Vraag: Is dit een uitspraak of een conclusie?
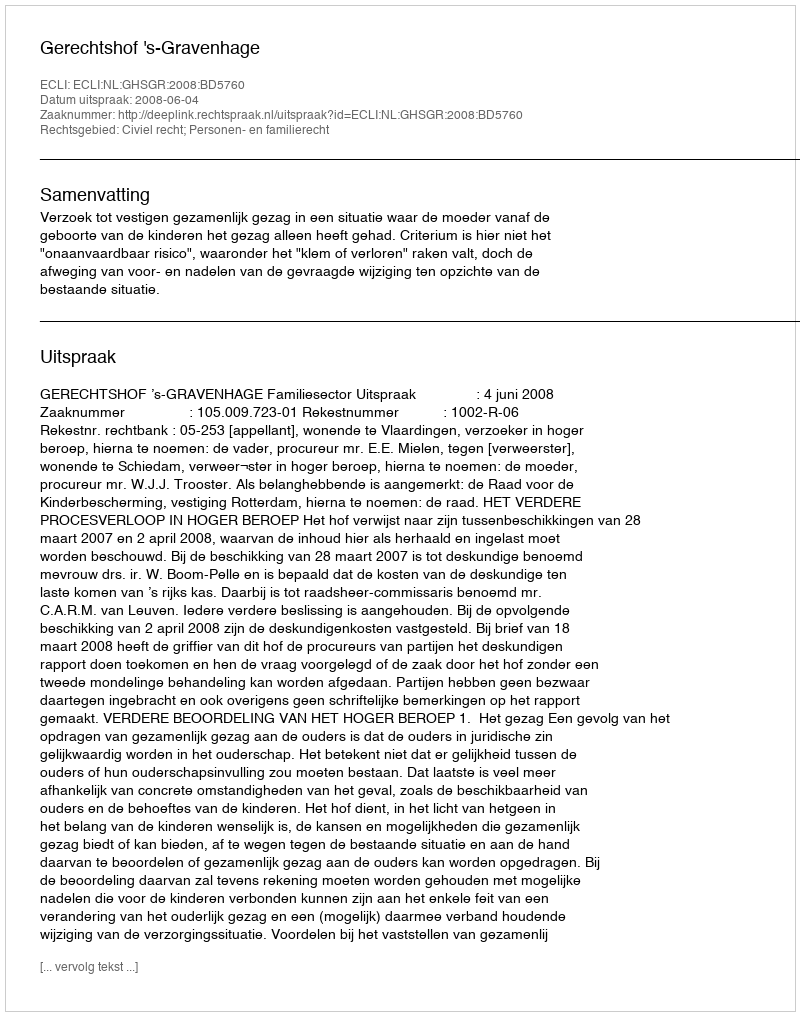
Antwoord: Uitspraak